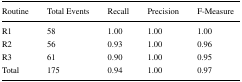
<table><thead><tr><td><b>Routine</b></td><td><b>Total Events</b></td><td><b>Recall</b></td><td><b>Precision</b></td><td><b>F-Measure</b></td></tr></thead><tbody><tr><td>R1</td><td>58</td><td>1.00</td><td>1.00</td><td>1.00</td></tr><tr><td>R2</td><td>56</td><td>0.93</td><td>1.00</td><td>0.96</td></tr><tr><td>R3</td><td>61</td><td>0.90</td><td>1.00</td><td>0.95</td></tr><tr><td>Total</td><td>175</td><td>0.94</td><td>1.00</td><td>0.97</td></tr></tbody></table>